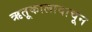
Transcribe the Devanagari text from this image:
ऋतूकालावाचून